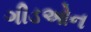
ગીડઓન